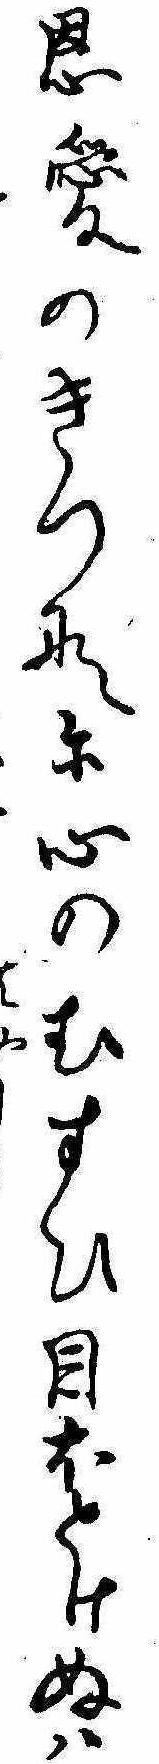
恩愛のきつなに心のむすひ目ほとけぬははや